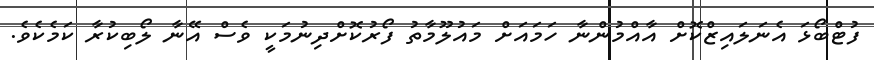
ފުޓްބޯޅަ އެނަލައިޒްކޮށް އާއްމުންނާ ހަމައަށް މައުލޫމާތު ފޯރުކޮށްދިނުމަކީ ވެސް އޭނާ ލޯބިކުރާ ކަމެކެވެ.